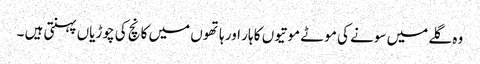
وہ گلے میں سونے کی موٹے موتیوں کا ہار اور ہاتھوں میں کانچ کی چوڑیاں پہنتی ہیں ۔